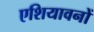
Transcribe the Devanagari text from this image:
एशियावनों